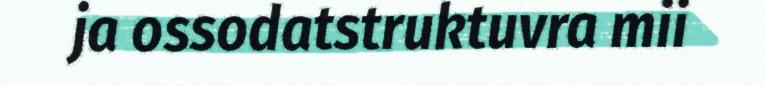
ja ossodatstruktuvra mii